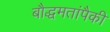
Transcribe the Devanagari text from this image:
बौद्धमतांपैकी